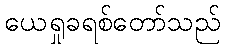
ယေရှုခရစ်တော်သည်